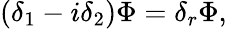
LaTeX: (\delta_{1}-i\delta_{2})\Phi=\delta_{r}\Phi,